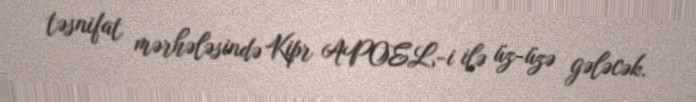
təsnifat mərhələsində Kipr APOEL-i ilə üz-üzə gələcək.